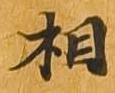
相